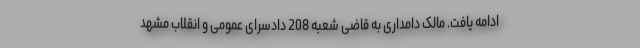
ادامه یافت. مالک دامداری به قاضی شعبه 208 دادسرای عمومی و انقلاب مشهد